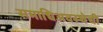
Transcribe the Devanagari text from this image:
समाधिअवस्थेची